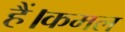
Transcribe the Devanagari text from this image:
हैं।कमल